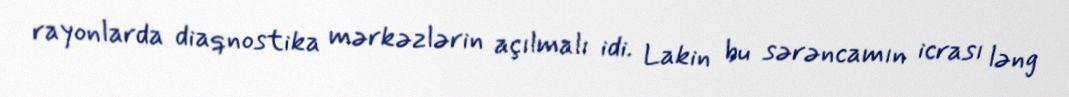
rayonlarda diaqnostika mərkəzlərin açılmalı idi. Lakin bu sərəncamın icrası ləng